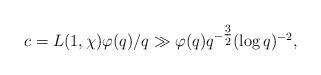
LaTeX: \begin{align*} c=L(1,\chi)\varphi(q)/q\gg \varphi(q)q^{-\tfrac32}(\log q)^{-2},\end{align*}